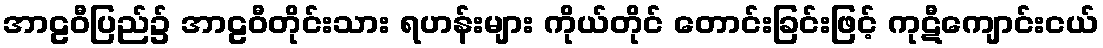
အာဠဝီပြည်၌ အာဠဝီတိုင်းသား ရဟန်းများ ကိုယ်တိုင် တောင်းခြင်းဖြင့် ကုဋီကျောင်းငယ်